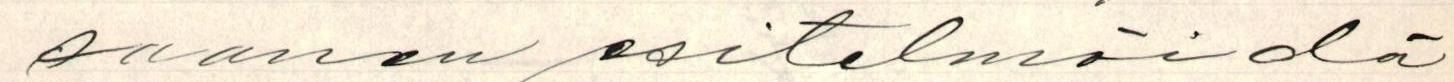
saanen esitelmöidä